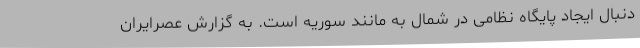
دنبال ایجاد پایگاه نظامی در شمال به مانند سوریه است. به گزارش عصرایران